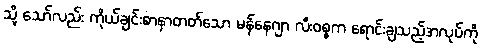
သို့ သော်လည်း ကိုယ်ချင်းစာနာတတ်သော မန်နေဂျာ လီးဝစ္စက ရောင်းချသည့်အလုပ်ကို